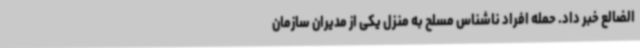
الضالع خبر داد. حمله افراد ناشناس مسلح به منزل یکی از مدیران سازمان